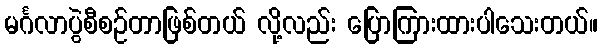
မင်္ဂလာပွဲစီစဉ်တာဖြစ်တယ် လို့လည်း ပြောကြားထားပါသေးတယ်။